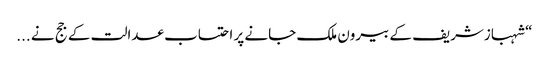
“ شہبازشریف کے بیرون ملک جانے پر احتساب عدالت کے جج نے ...